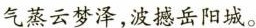
气蒸云梦泽，波撼岳阳城。